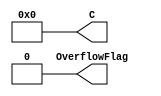
// lab1_zero.v

// Zero

// Output 1: C; 0, 16bit binary
// Output 2: OverflowFlag; 0

module zero (output [15:0] C, output OverflowFlag);
	
	assign OverflowFlag = 1'b0;
	assign C = 16'b0000000000000000;

endmodule